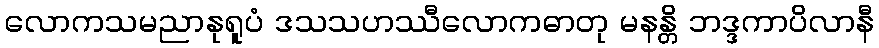
လောကသမညာနုရူပံ ဒသသဟဿီလောကဓာတု မနန္တိ ဘဒ္ဒကာပိလာနီ